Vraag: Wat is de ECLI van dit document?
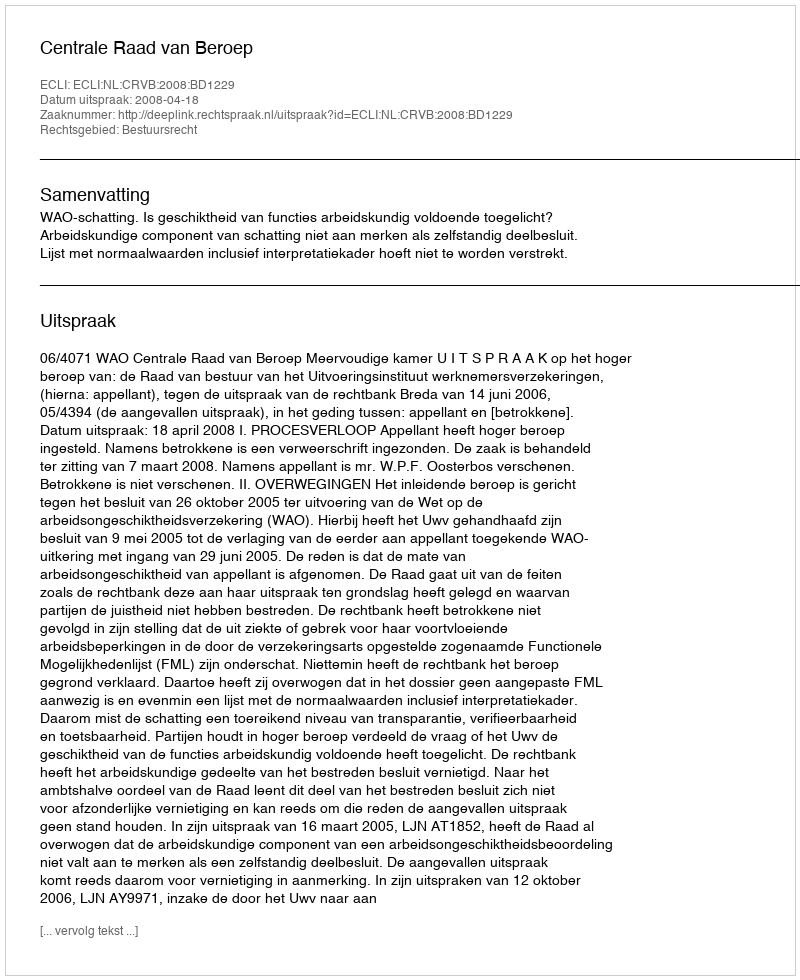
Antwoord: ECLI:NL:CRVB:2008:BD1229